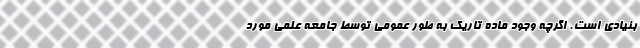
بنیادی است. اگرچه وجود ماده تاریک به‌ طور عمومی توسط جامعه علمی مورد